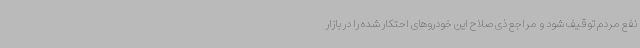
نفع مردم توقیف شود و مراجع ذی صلاح این خودروهای احتکار شده را در بازار